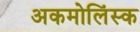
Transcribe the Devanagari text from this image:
अकमोलिंस्क